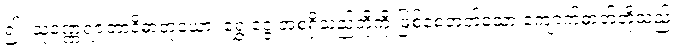
၍။ သုဝဏ္ဏရဇတာဒိဓာတုယော၊ ရွှေ ငွေ အစရှိသည်တို့ကို ဖြစ်စေတတ်သော ကျောက်ဓာတ်တို့သည်။